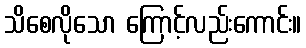
သိစေလိုသော ကြောင့်လည်းကောင်း။